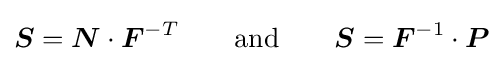
{\boldsymbol {S}}={\boldsymbol {N}}\cdot {\boldsymbol {F}}^{-T}\qquad {\text{and}}\qquad {\boldsymbol {S}}={\boldsymbol {F}}^{-1}\cdot {\boldsymbol {P}}